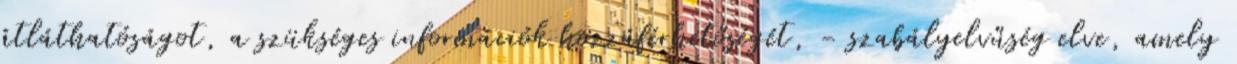
átláthatóságot, a szükséges információk hozzáférhetőségét, - szabályelvűség elve, amely